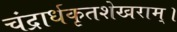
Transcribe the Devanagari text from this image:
चंद्रार्धकृतशेखराम्‌।